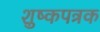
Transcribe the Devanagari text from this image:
शुष्कपत्रक